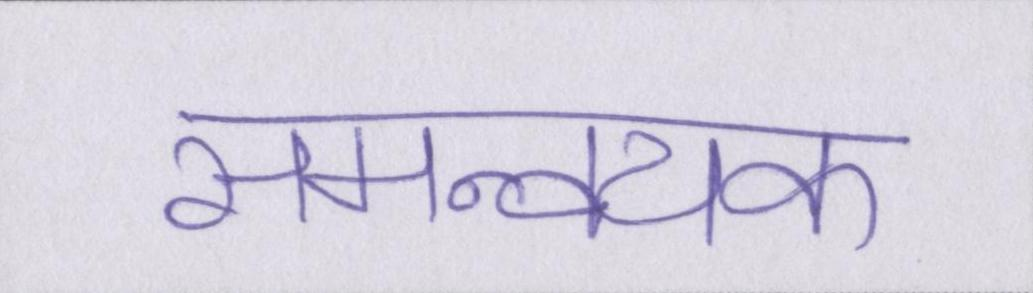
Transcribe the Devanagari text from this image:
समन्वयक